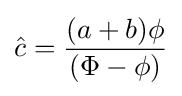
{\hat {c}}={\frac {(a+b)\phi }{(\Phi -\phi )}}